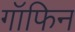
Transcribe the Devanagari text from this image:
गॉफिन